Senior Leaving Certificate Examination (including Day School Certificate (Higher) General paper), 1948
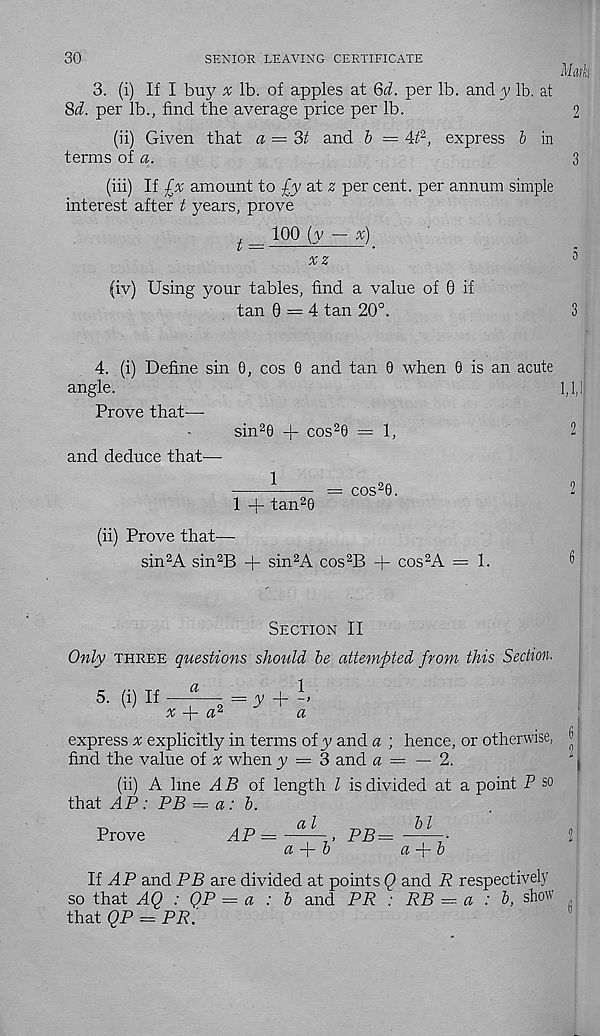
30
SENIOR LEAVING CERTIFICATE
Math,
3. (i) If I buy % lb. of apples at 6d. per lb. and y lb. at
8d. per lb., find the average price per lb.
2
(ii) Given that a = St and b — 4fi, express b in
terms of a.
3
(iii) If £% amount to £y at 2 per cent, per annum simple
interest after t years, prove
t
100 (y — x)
xz
(iv) Using your tables, find a value of 6 if
tan 0 = 4 tan 20°.
4. (i) Define sin 6, cos 0 and tan 0 when 0 is an acute
angle.
1,1,1
Prove that—
sin 2 0 -f cos 2 0 = 1,
2
and deduce that—
^
= cos 2 0.
2!
1 + tan 2 0
(ii) Prove that—
sin 2 A sin 2 B + sin 2 A cos 2 B + cos 2 A = 1.
Section II
Only three questions should be attempted from this Section.
5. (i) If
a
x
a‘
= y + -’
a
express ^ explicitly in terms of y and a ; hence, or otherwise,
find the value of ir when y = 3 and a = — 2.
(ii) A line AB of length l is divided at a point P so
that AP: PB — a: b.
Prove
AP — - a^ , PB= ^ •
a -f- b
a -j~ b
6
2
2
If AP and PB are divided at points Q and R respectively
so that AQ : QP = a : b and PR : RB = a : b, show
that QP = PR.